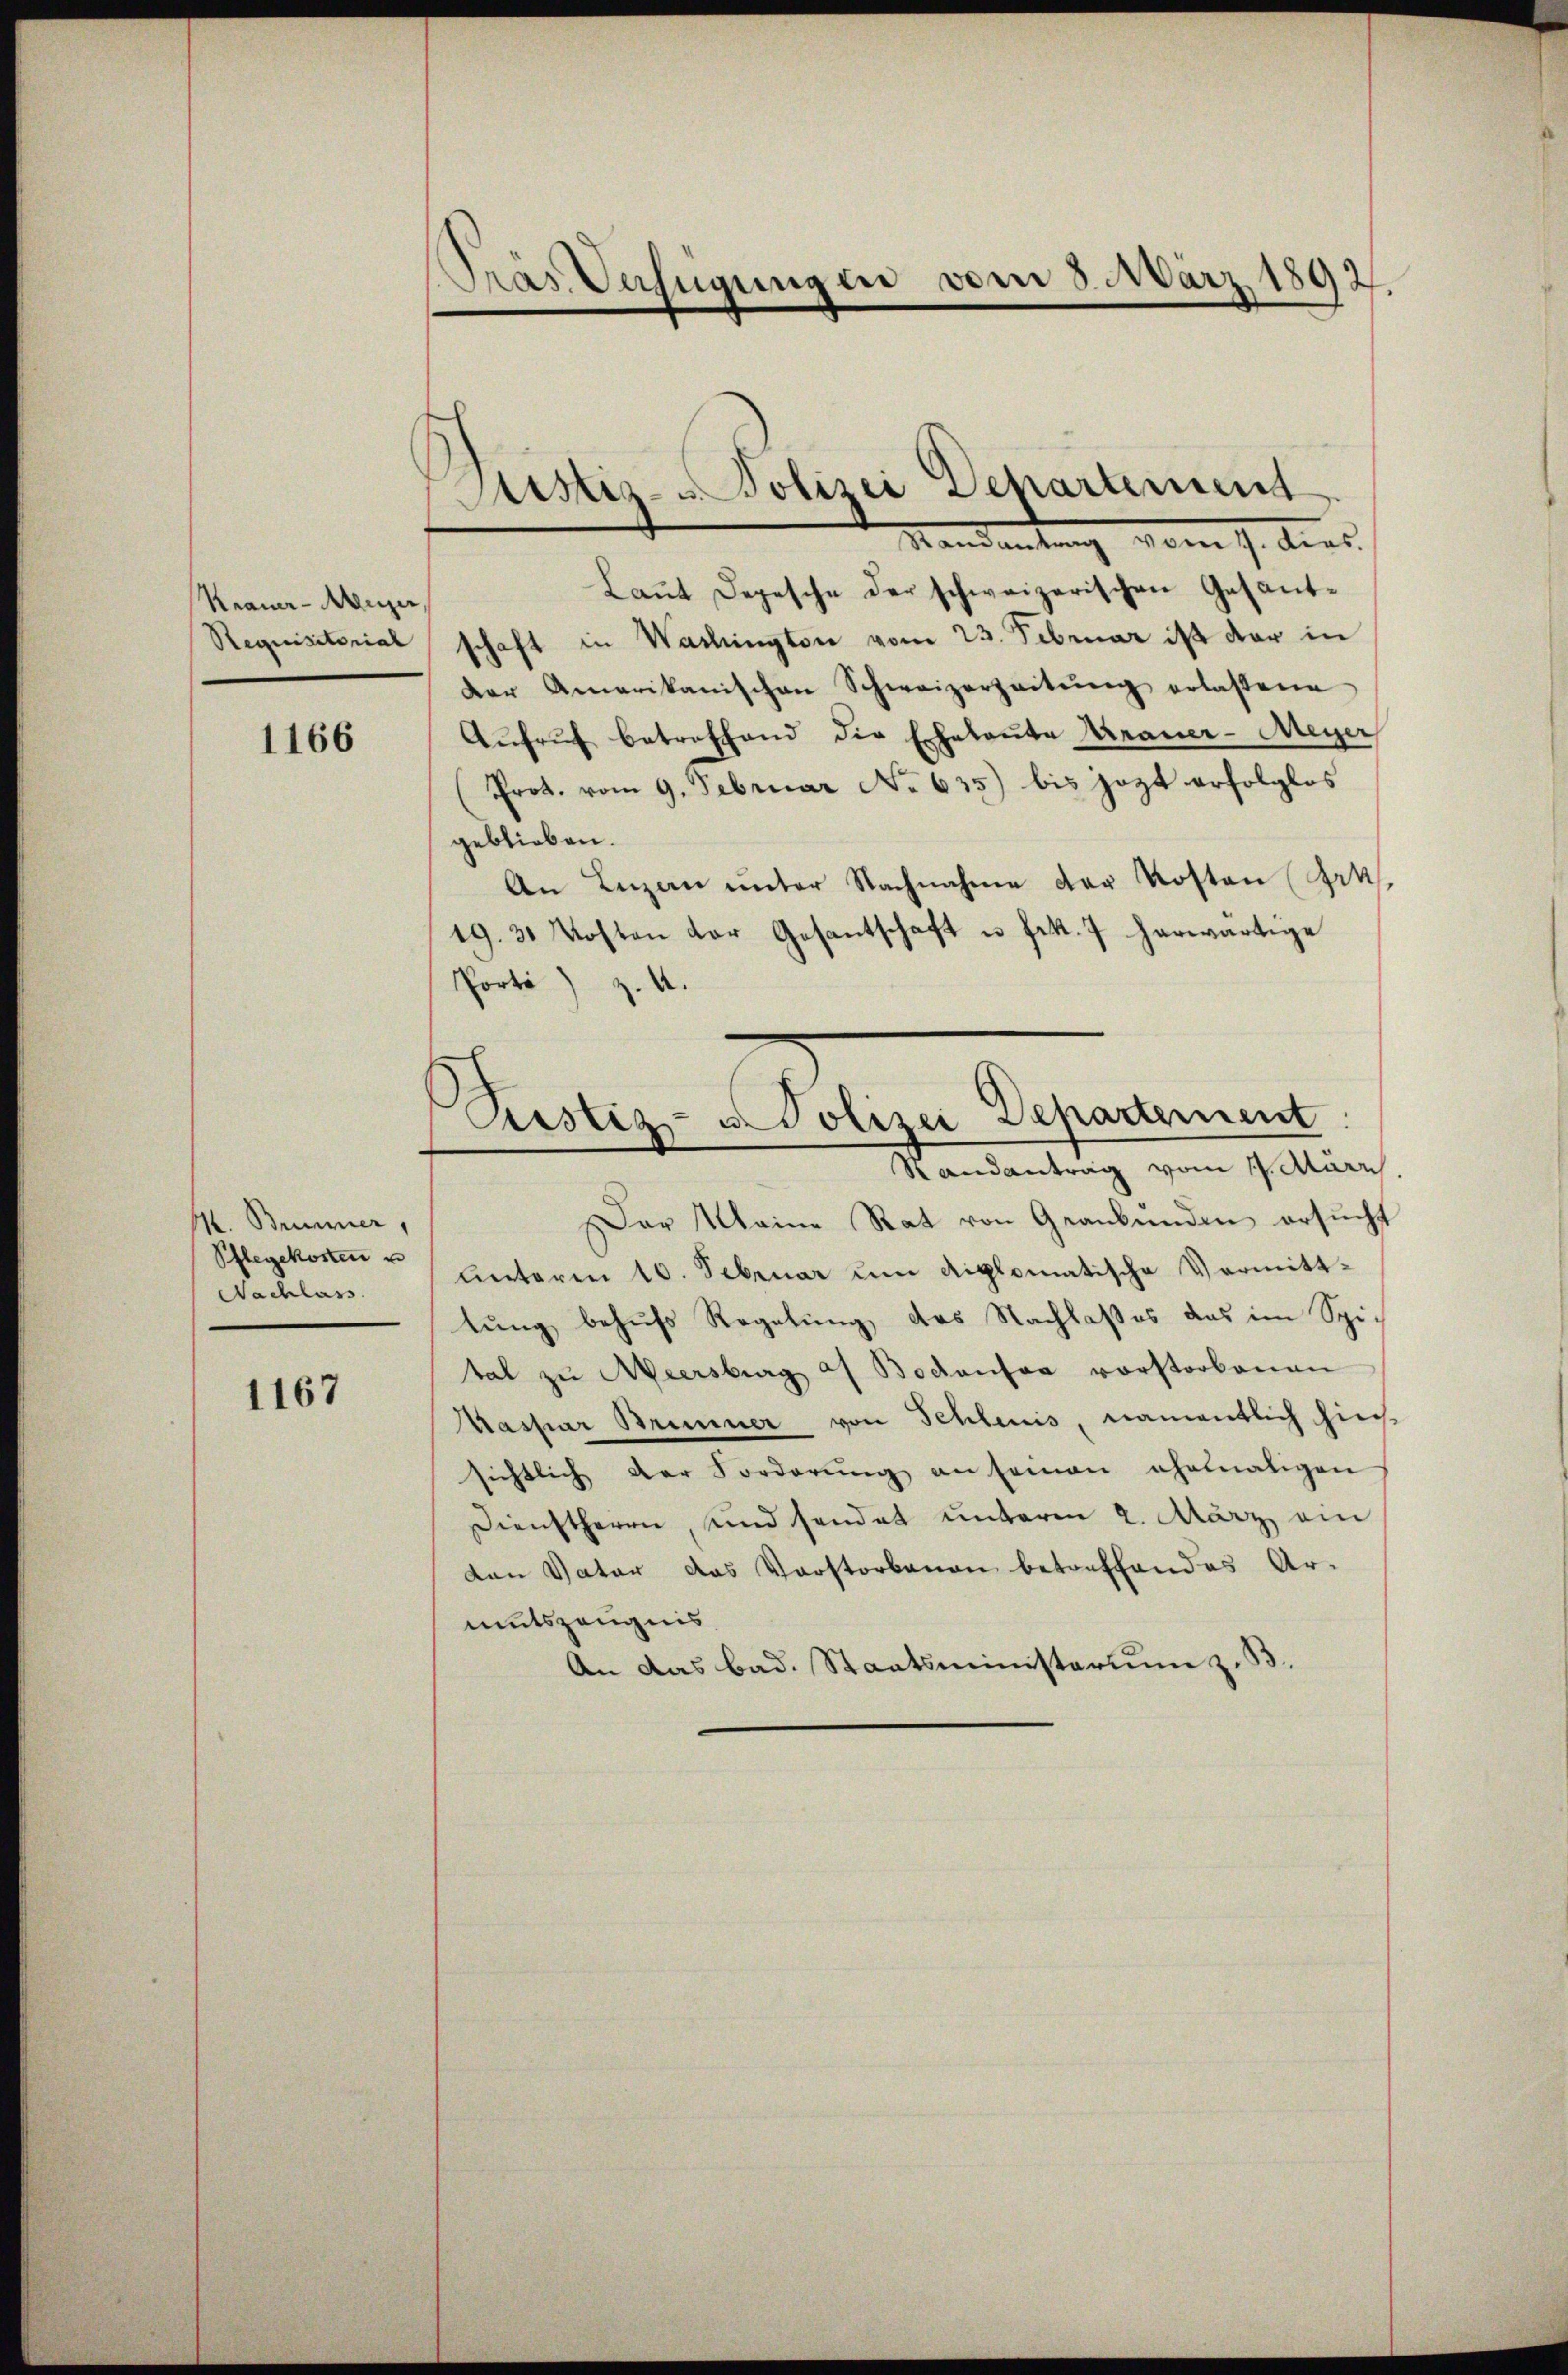
Krauer-Muzer
Requisitorial

1166

Mt. Bummer,
Pflegekosten u
Nachlass

1167

Pras Verfügungen vom 3. März 1892.

Justiz- Polizei Departement
Mandantung vom 7. dies

Laŭt Depesche der schweizerischen Gesant-
schaft in Washington vom 23. Februar ist der in
Der Amerikanischen Schweizerzeitŭng erlassene
Aŭfrŭf betroffend die Echaloŭte Krauer-Meyer
Prot. vom 9. Februar No 635) bis jezt erfolglos
geblieben.
An Luzern ŭnter Nachnahme der Kosten Frk.
19. 31 Kosten der Gesantschaft u Frk. 7 herwärtige
Porti) Z. 4.
Restiz- u. Polizei Departement
Randantrag vom 17. Mari
Der Meine Rat von Granbunden ersucht
unterm 10. Sebruar um diplomatische Vermitttung behufs Regelung, das Nachlaßes das im Spital zu Meersburg af Bodensee vorstorbenen
Kaspar Brunner von Schleuis, namentlich hins
sichtlich der Forderŭng an seinen ehemaligen
Dienstherren, und sendet unterm 2. März ein
den Vater das Vorstorbenen betreffendes Ar-
mutszeugnis
An das bad. Staatsministerium z. B.